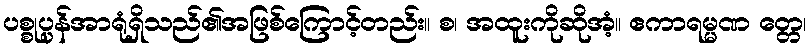
ပစ္စုပ္ပန်အာရုံရှိသည်၏အဖြစ်ကြောင့်တည်း။ စ၊ အထူးကိုဆိုအံ့။ ဧကာရမ္မဏ တ္တေ၊